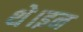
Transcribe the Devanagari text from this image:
थे।इन